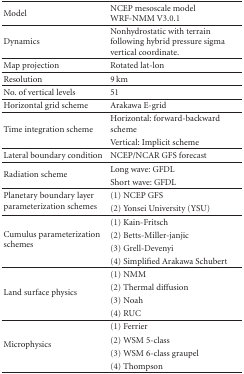
<table><thead><tr><td><b>Model</b></td><td><b>NCEP mesoscale model WRF-NMM V3.0.1</b></td></tr></thead><tbody><tr><td>Dynamics</td><td>Nonhydrostatic with terrain following hybrid pressure sigma vertical coordinate. </td></tr><tr><td>Map projection</td><td>Rotated lat-lon</td></tr><tr><td>Resolution</td><td>9 km</td></tr><tr><td>No. of vertical levels</td><td>51</td></tr><tr><td>Horizontal grid scheme</td><td>Arakawa E-grid</td></tr><tr><td rowspan="2">Time integration scheme</td><td>Horizontal: forward-backward scheme</td></tr><tr><td>Vertical: Implicit scheme</td></tr><tr><td>Lateral boundary condition</td><td>NCEP/NCAR GFS forecast</td></tr><tr><td rowspan="2">Radiation scheme</td><td>Long wave: GFDL</td></tr><tr><td>Short wave: GFDL</td></tr><tr><td rowspan="2">Planetary boundary layer parameterization schemes</td><td>(1) NCEP GFS</td></tr><tr><td>(2) Yonsei University (YSU) </td></tr><tr><td rowspan="4">Cumulus parameterization schemes</td><td>(1) Kain-Fritsch</td></tr><tr><td>(2) Betts-Miller-janjic</td></tr><tr><td>(3) Grell-Devenyi</td></tr><tr><td>(4) Simplified Arakawa Schubert</td></tr><tr><td rowspan="4">Land surface physics</td><td>(1) NMM</td></tr><tr><td>(2) Thermal diffusion</td></tr><tr><td>(3) Noah</td></tr><tr><td>(4) RUC</td></tr><tr><td rowspan="4">Microphysics</td><td>(1) Ferrier</td></tr><tr><td>(2) WSM 5-class</td></tr><tr><td>(3) WSM 6-class graupel</td></tr><tr><td>(4) Thompson</td></tr></tbody></table>